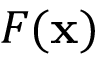
F ( \mathbf { x } )